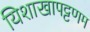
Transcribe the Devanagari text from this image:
यिशाखापट्टणम